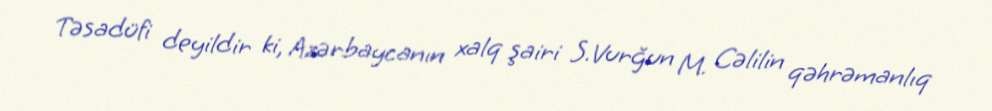
Təsadüfi deyildir ki, Azərbaycanın xalq şairi S.Vurğun M. Cəlilin qəhrəmanlıq